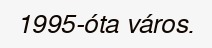
1995-óta város.